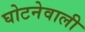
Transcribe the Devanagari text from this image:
घोटनेवाली